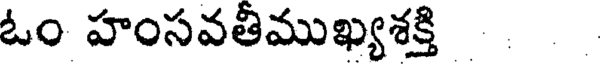
ఓం హంసవతీముఖ్యశక్తి